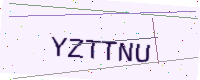
Text: YZTTNU